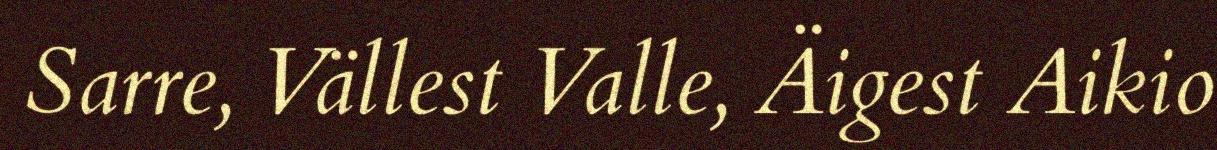
Sarre, Vällest Valle, Äigest Aikio